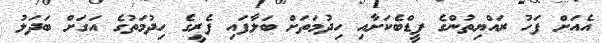
އެއަށް ފަހު ރައްޔިތުންގެ ފީޑްބެކަށާއި ހިދުމަތަށް ބަލާފައި ފެރީގެ ހިދުމަތުގެ އަގަށް ބަދަލު